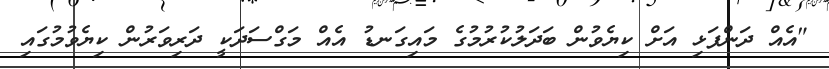
"އެއް ދަންފަޅި އަށް ކިޔެވުން ބަދަލުކުރުމުގެ މައިގަނޑު އެއް މަގްސަދަކީ ދަރިވަރުން ކިޔެވުމުގައި